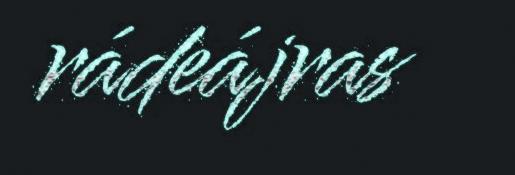
rádeájras